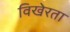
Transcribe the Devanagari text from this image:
विखेरता